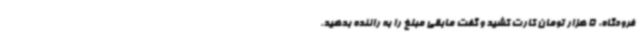
فرودگاه، 5 هزار تومان کارت کشید و گفت مابقی مبلغ را به راننده بدهید.